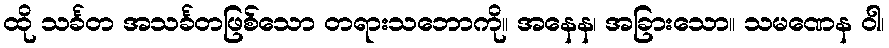
ထို သင်္ခတ အသင်္ခတဖြစ်သော တရားသဘောကို။ အနေန၊ အခြားသော။ သမဏေန ဝါ၊